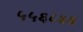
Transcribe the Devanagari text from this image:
५५६८६६